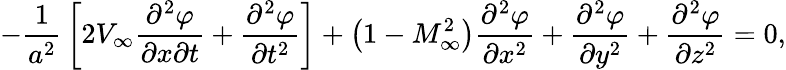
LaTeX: -{\frac{1}{a^{2}}}\left[2V_{\infty}{\frac{\partial^{2}\varphi}{\partial x\partial t}}+{\frac{\partial^{2}\varphi}{\partial t^{2}}}\right]+\left(1-M_{\infty}^{2}\right){\frac{\partial^{2}\varphi}{\partial x^{2}}}+{\frac{\partial^{2}\varphi}{\partial y^{2}}}+{\frac{\partial^{2}\varphi}{\partial z^{2}}}=0,